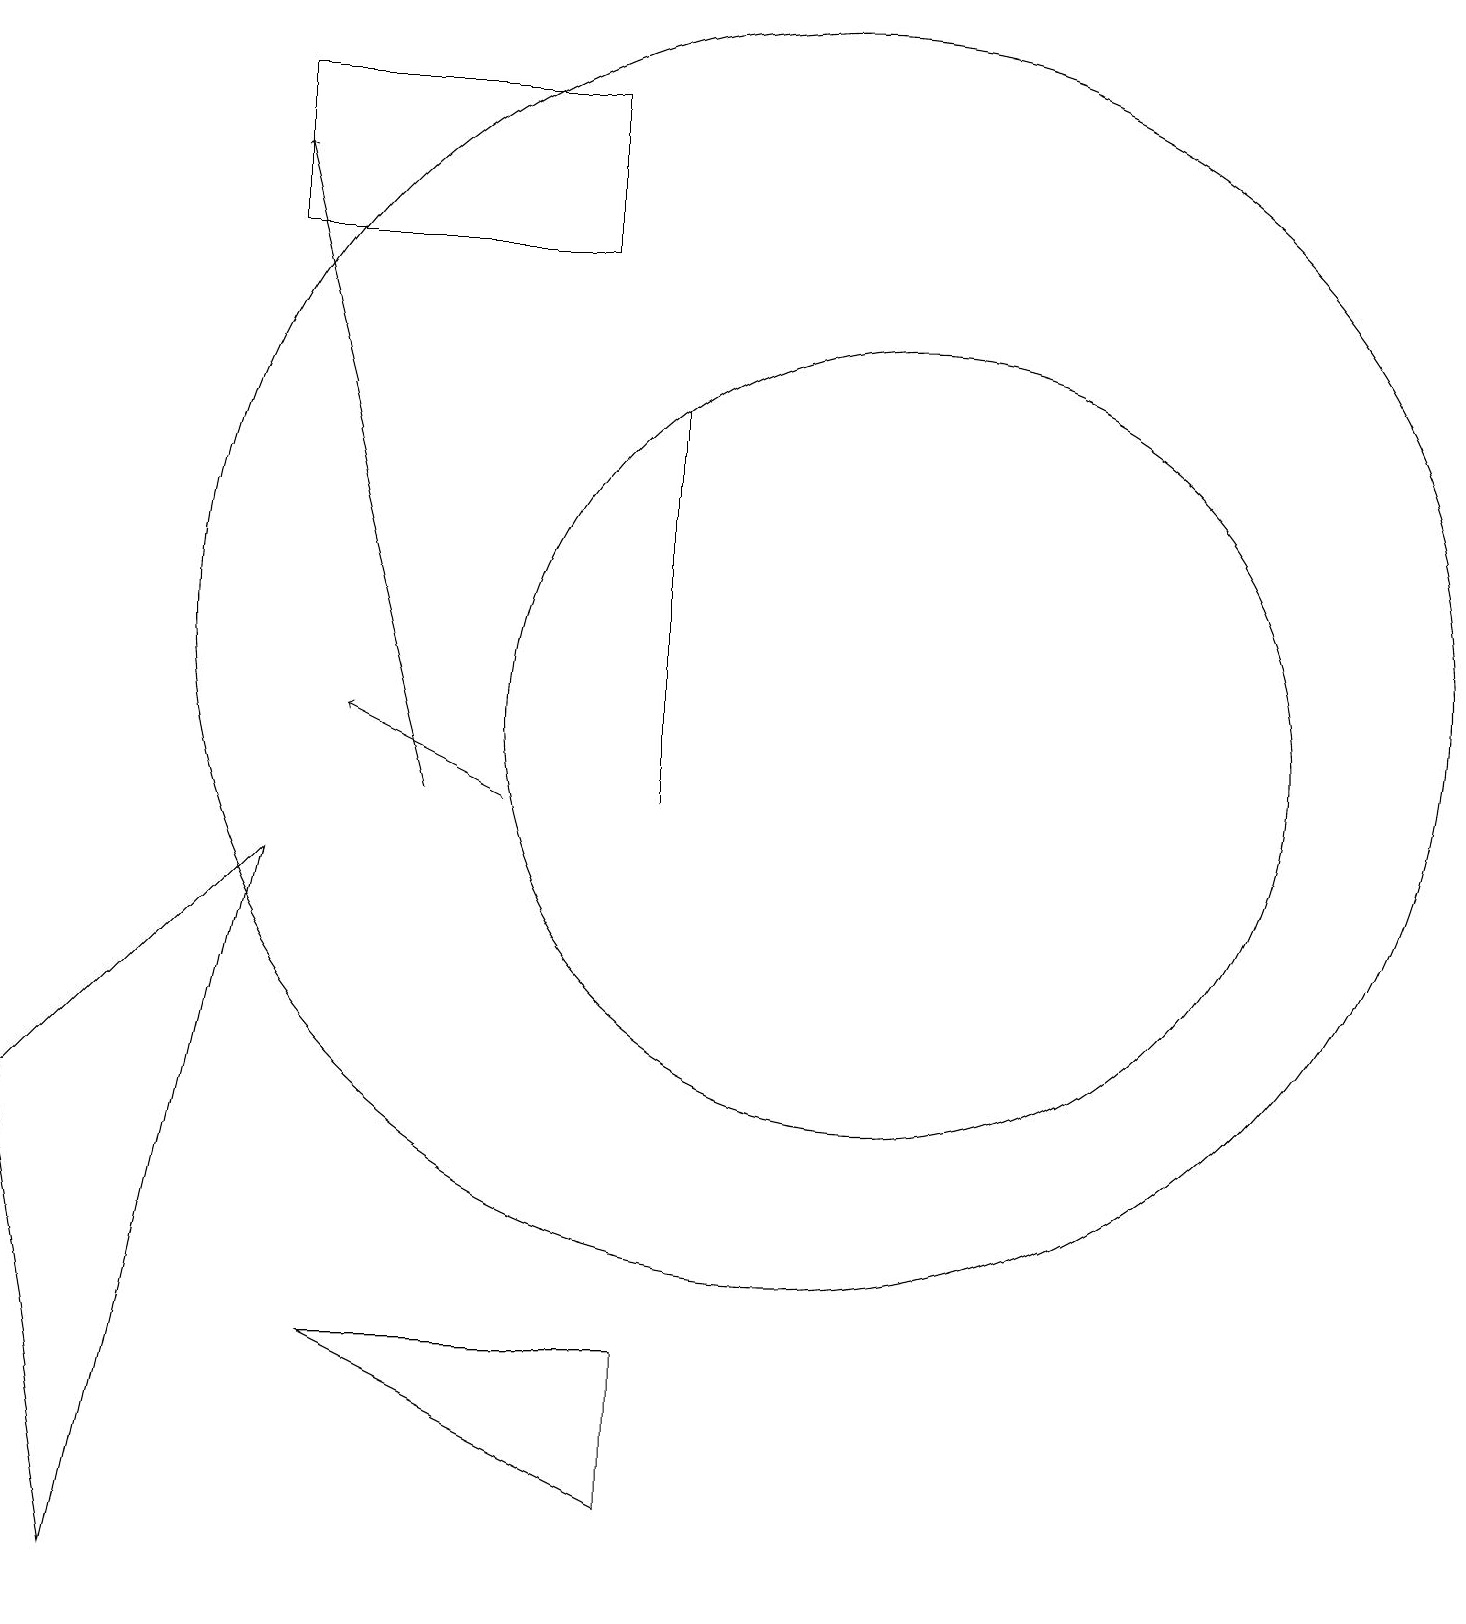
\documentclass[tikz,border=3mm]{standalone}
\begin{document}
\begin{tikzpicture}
\draw (10,12) circle (8);
\draw (7,19) rectangle (3,17);
\draw[->] (6,10) -- (4,11);
\draw (11,11) circle (5);
\draw[->] (5,10) -- (3,18);
\draw (8,1) -- (4,3) -- (8,3) -- cycle;
\draw (8,10) rectangle (8,15);
\draw (0,6) -- (1,0) -- (3,9) -- cycle;
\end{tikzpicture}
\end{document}